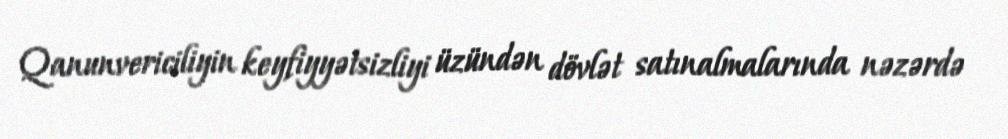
Qanunvericiliyin keyfiyyətsizliyi üzündən dövlət satınalmalarında nəzərdə